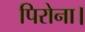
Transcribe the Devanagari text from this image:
पिरोना।